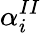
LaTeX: \alpha_{i}^{II}